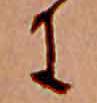
に